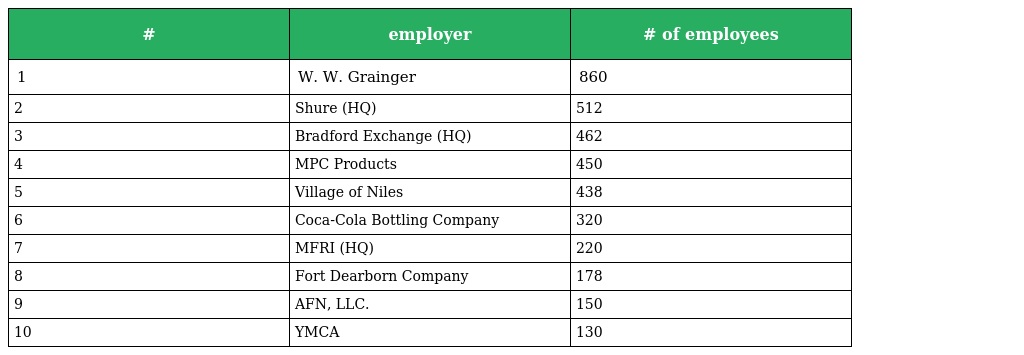
| # | employer | # of employees |
 | --- | --- | --- |
 | 1 | W. W. Grainger | 860 |
 | 2 | Shure (HQ) | 512 |
 | 3 | Bradford Exchange (HQ) | 462 |
 | 4 | MPC Products | 450 |
 | 5 | Village of Niles | 438 |
 | 6 | Coca-Cola Bottling Company | 320 |
 | 7 | MFRI (HQ) | 220 |
 | 8 | Fort Dearborn Company | 178 |
 | 9 | AFN, LLC. | 150 |
 | 10 | YMCA | 130 |